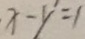
x - y ^ { \prime } = 1